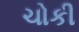
ચોકી